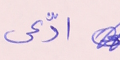
ادَّعى